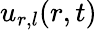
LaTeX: u_{r,l}(r,t)